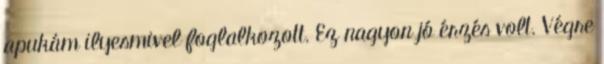
apukám ilyesmivel foglalkozott. Ez nagyon jó érzés volt. Végre